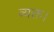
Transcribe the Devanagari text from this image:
व्यक्त।